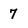
Character: 7